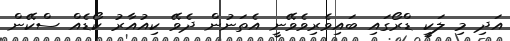
އަދި މި ލަކީ ޑްރޯގައި ބައިވެރިވެވޭނީ އެތަނުން ދެވޭ ކިއުއާރު ކޯޑެއް ސްކޭން